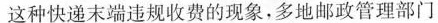
这种快递末端违规收费的现象，多地邮政管理部门